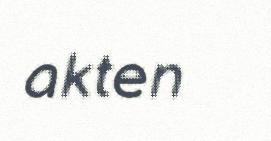
akten